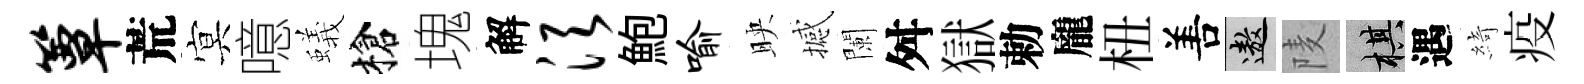
簟荒㝠噫蟻槍塊解须鮑喻映撼闌舛獄勅龐杻𠵊遨𨹧棋遇綺疫